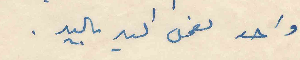
واحد نعمل اليد باليد.